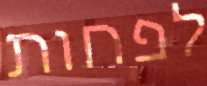
לפחות